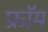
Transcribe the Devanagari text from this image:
फ्राॅम